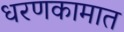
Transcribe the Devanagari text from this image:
धरणकामात